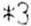
*3